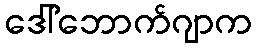
ဒေါ်ဘောက်ဂျာက